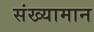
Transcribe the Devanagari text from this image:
संख्यामान